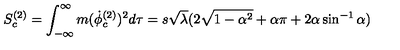
S _ { c } ^ { ( 2 ) } = \int _ { - \infty } ^ { \infty } m ( { \dot { \phi } } _ { c } ^ { ( 2 ) } ) ^ { 2 } d \tau = s \sqrt \lambda ( 2 \sqrt { 1 - \alpha ^ { 2 } } + \alpha \pi + 2 \alpha \sin ^ { - 1 } \alpha )